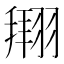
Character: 𫅫